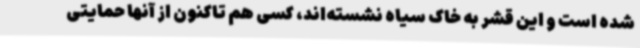
شده است و این قشر به خاک سیاه نشسته‌اند، کسی هم تاکنون از آنها حمایتی